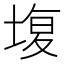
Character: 㙏